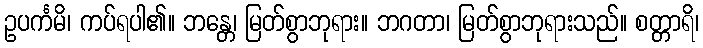
ဥပင်္ကမိ၊ ကပ်ရပါ၏။ ဘန္တေ၊ မြတ်စွာဘုရား။ ဘဂတာ၊ မြတ်စွာဘုရားသည်။ စတ္တာရိ၊